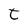
Character: t